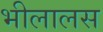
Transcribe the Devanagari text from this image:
भीलालस